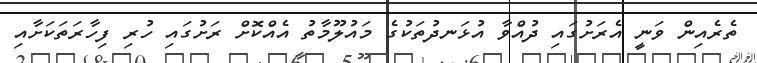
ތެރެއިން ވަނީ އެރަށުގައި ދުއްވާ އުޅަނދުތަކުގެ މައުލޫމާތު އެއްކޮށް ރަށުގައި ހުރި ފިހާރަތަކަށާއި